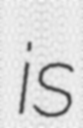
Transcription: is